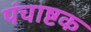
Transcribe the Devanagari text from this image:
पंचाष्टक